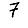
Digit: 7